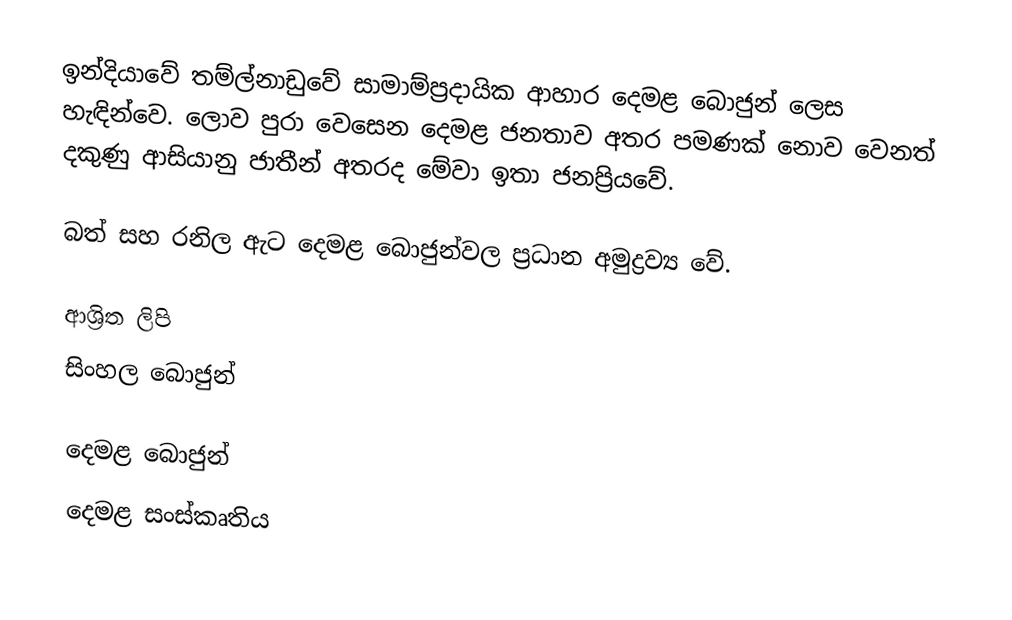
ඉන්දියාවේ තම්ල්නාඩුවේ සාමාම්ප්‍රදායික ආහාර දෙමළ බොජුන් ලෙස හැඳින්වෙ. ලොව පුරා වෙසෙන දෙමළ ජනතාව අතර පමණක් නොව වෙනත් දකුණු ආසියානු ජාතීන් අතරද මේවා ඉතා ජනප්‍රියවේ.

බත් සහ රනිල ඇට දෙමළ බොජුන්වල ප්‍රධාන අමුද්‍රව්‍ය වේ.

ආශ්‍රිත ලිපි
 සිංහල බොජුන්

දෙමළ බොජුන්
දෙමළ සංස්කෘතිය